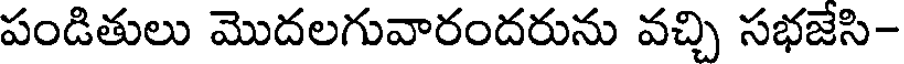
పండితులు మొదలగువారందరును వచ్చి సభజేసి-